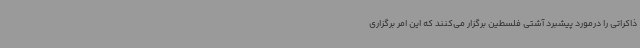
ذاکراتی را درمورد پیشبرد آشتی فلسطین برگزار می‌کنند که این امر برگزاری